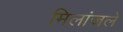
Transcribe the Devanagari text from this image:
मिलांजले